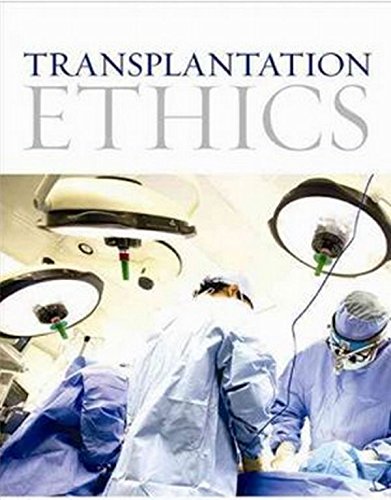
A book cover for Transplantation Ethics; Robert Veatch; Medical Books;